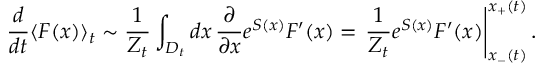
\frac { d } { d t } \langle F ( x ) \rangle _ { t } \sim \frac { 1 } { Z _ { t } } \int _ { D _ { t } } d x \, \frac { \partial } { \partial x } e ^ { S ( x ) } F ^ { \prime } ( x ) = \left. \frac { 1 } { Z _ { t } } e ^ { S ( x ) } F ^ { \prime } ( x ) \right| _ { x _ { - } ( t ) } ^ { x _ { + } ( t ) } .